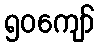
၅၀ကျော်